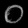
Digit: ၀